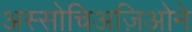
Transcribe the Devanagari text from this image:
अस्सोचिअज़िओने